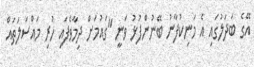
އޭގެ ބަދަލުގައި އެ މަނިކުފާނު ބޭނުންފުޅު ވަނީ "ގައުމަށް ދިމާވެފައި ހުރި މައްސަލަތައް